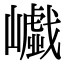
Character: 𡾟